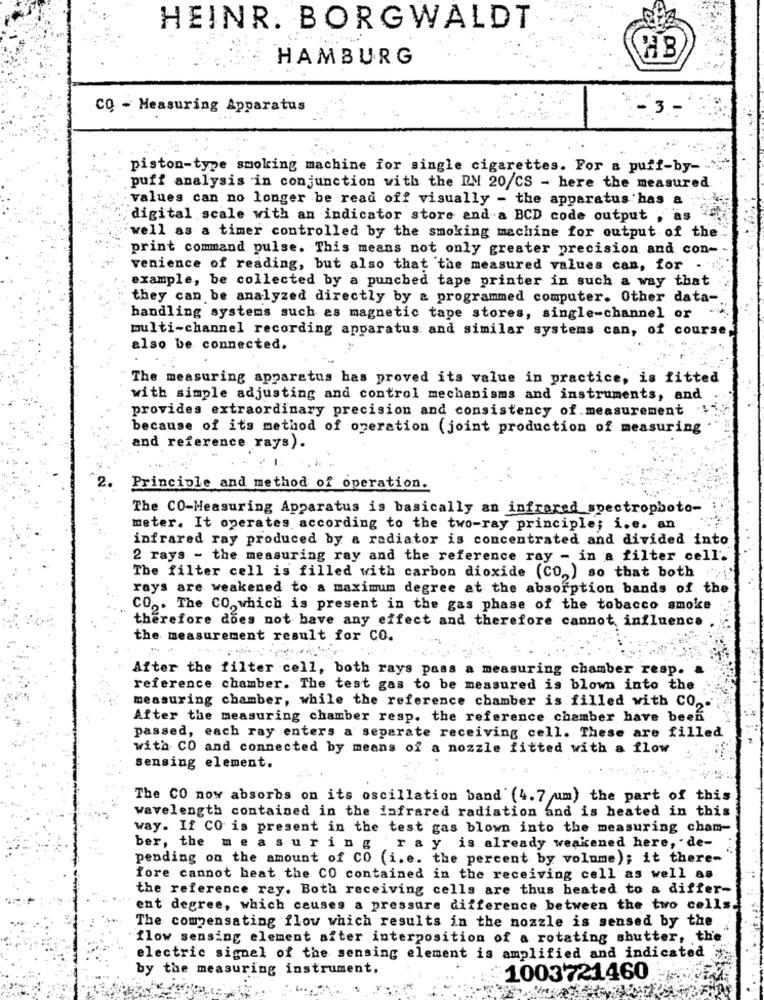
HEINR. BORGWALDT
HAMBURG
HB
CO - Measuring Apparatus
- 3 -
piston-type smoking machine for single cigarettes. For a puff-by-
puff analysis in conjunction with the DM 20/CS - here the measured
values can no longer be read off visually - the apparatus has a
digital scale with an indicator store and a BCD code output ,
well as a timer controlled by the smoking machine for output of the
print command pulse. This means not only greater precision and con-
venience of reading, but also that the measured values can, for -
example, be collected by a punched tape printer in such a way that
they can be analyzed directly by & programmed computer. Other data-
handling systems such as magnetic tape stores, single-channel or
multi-channel recording apparatus and similar systems can, of course,
also be connected.
The measuring apparatus has proved its value in practice, is fitted
with simple adjusting and control mechanisms and instruments, and
provides extraordinary precision and consistency of measurement
because of its method of operation (joint production of measuring
and reference rays).
2.
Principle and method of operation.
The CO-Measuring Apparatus is basically an infrared spectrophoto-
meter. It operates according to the two-ray principle; i.e. an
infrared ray produced by a radiator is concentrated and divided into
2 rays - the measuring ray and the reference ray - in a filter cell.
The filter cell is filled with carbon dioxide (CO) so that both
rays are weakened to a maximum degree at the absorption bands of the
CO ,. The CO, which is present in the gas phase of the tobacco smoke
therefore does not have any effect and therefore cannot influence
the measurement result for CO.
After the filter cell, both rays pass a measuring chamber resp. a
reference chamber. The test gas to be measured is blown into the
measuring chamber, while the reference chamber is filled with CO ,.
After the measuring chamber resp. the reference chamber have been
passed, each ray enters a separate receiving cell. These are filled
with CO and connected by means of a nozzle fitted with a flow
sensing element.
The CO now absorbs on its oscillation band (4.7 um) the part of this
wavelength contained in the infrared radiation and is heated in this
way. If CO is present in the test gas blown into the measuring cham-
ber, the measuring . ray is already weakened here, de-
pending on the amount of CO (i. e. the percent by volume); it there-
fore cannot heat the CO contained in the receiving cell as well as
the reference ray. Both receiving cells are thus beated to a differ-
ent degree, which causes a pressure difference between the two cells.
The compensating flow which results in the nozzle is sensed by the
flow sensing element after interposition of a rotating shutter, the
electric signel of the sensing element is amplified and indicated
by the measuring instrument.
1003721460